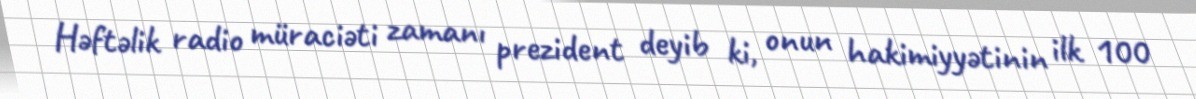
Həftəlik radio müraciəti zamanı prezident deyib ki, onun hakimiyyətinin ilk 100